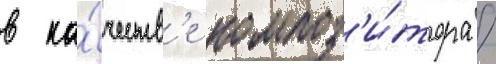
в ка́честв'е композ'и́тора /